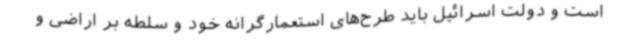
است و دولت اسرائیل باید طرح‌های استعمارگرانه خود و سلطه بر اراضی و